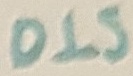
Text: DIS